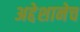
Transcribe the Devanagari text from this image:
अद्देशानेच